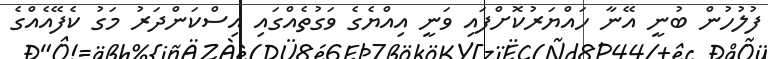
ފުލުހުން ބުނީ އޭނާ ހައްޔަރުކޮށްފައި ވަނީ އިއްޔެގެ ވަގުތެއްގައި އިސްކަންދަރު މަގު ކެފޭއެއްގެ